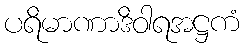
ပရိမာဏာဒိဝါရအဋ္ဌကံ